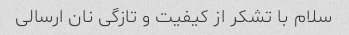
سلام با تشکر از کیفیت و تازگی نان ارسالی